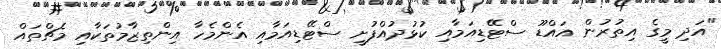
"އަދި މީގެ އިތުރުން އައްޑޫ ސްޓޭޑިއަމާއި ކުޅުދުއްފުށީ ސްޓޭޑިއަމާއި އެންމެހާ އިންތިޒާމުތަކާއި މެޗްތައް